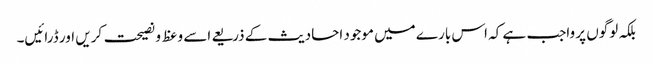
بلکہ لوگوں پر واجب ہے کہ اس بارے میں موجود احادیث کے ذریعے اسے وعظ و نصیحت کریں اور ڈرائیں۔